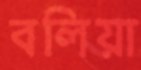
বলিয়া